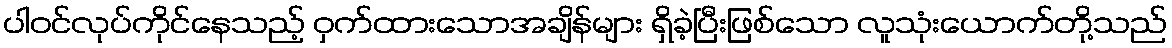
ပါဝင်လုပ်ကိုင်နေသည့် ဝှက်ထားသောအချိန်များ ရှိခဲ့ပြီးဖြစ်သော လူသုံးယောက်တို့သည်